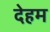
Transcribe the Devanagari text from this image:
देहम